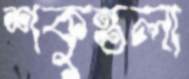
শকুন্তলা